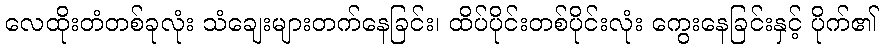
လေထိုးတံတစ်ခုလုံး သံချေးများတက်နေခြင်း၊ ထိပ်ပိုင်းတစ်ပိုင်းလုံး ကွေးနေခြင်းနှင့် ပိုက်၏